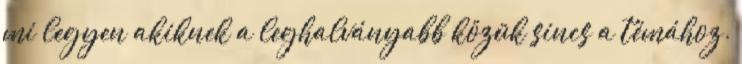
mi legyen akiknek a leghalványabb közük sincs a témához.